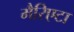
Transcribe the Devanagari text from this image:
मैरिएटा